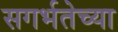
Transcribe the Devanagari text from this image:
सगर्भतेच्या